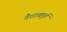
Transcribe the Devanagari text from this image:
वैशाखपूर्व